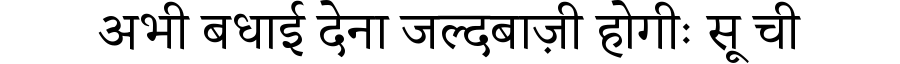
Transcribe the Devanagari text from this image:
अभी बधाई देना जल्दबाज़ी होगीः सू ची